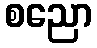
စညော